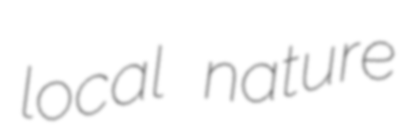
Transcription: local nature